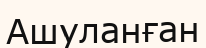
Ашуланған